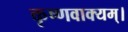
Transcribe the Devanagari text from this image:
कृष्णवाक्यम्।